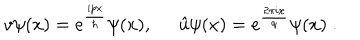
v \psi ( x ) = e ^ { \frac { i p x } { \hbar } } \psi ( x ) , \; \; \hat { u } \psi ( x ) = e ^ { \frac { 2 \pi i x } { q } } \psi ( x ) \; .